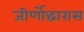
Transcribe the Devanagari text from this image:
जीर्णोद्धारास